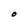
Character: O